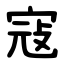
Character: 寇